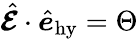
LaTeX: \hat{\boldsymbol{{\cal E}}}\cdot\hat{\boldsymbol{e}}_{\mathrm{hy}}=\Theta